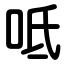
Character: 呧